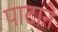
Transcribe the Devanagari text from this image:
पाटाने